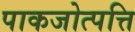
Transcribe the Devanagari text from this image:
पाकजोत्पत्ति